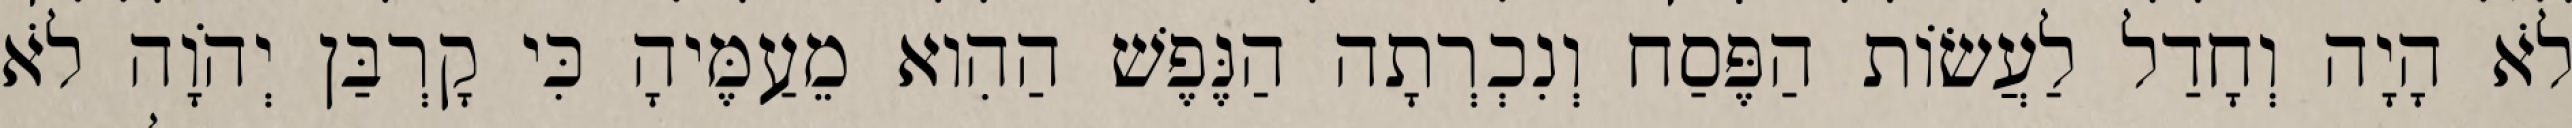
לֹא הָיָה וְחָדַל לַעֲשׂוֹת הַפֶּסַח וְנִכְרְתָה הַנֶּפֶשׁ הַהִוא מֵעַמֶּיהָ כִּי קָרְבַּן יְהֹוָה לֹא